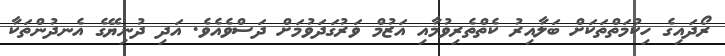
ރޯދައިގެ ހިކުމަތްތަކަށް ބަލާއިރު ކެތްތެރިވުމާއި އަޒުމް ވަރުގަދަވުމަށް ދަސްވެއެވެ. އަދި ދުނިޔޭގެ އެނދުންތަކާ